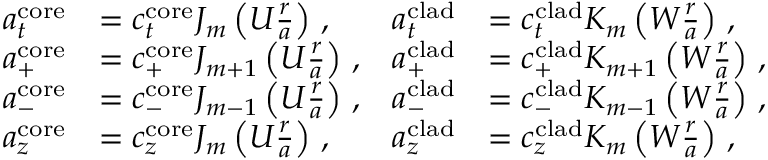
\begin{array} { r l r l } { a _ { t } ^ { \mathrm { c o r e } } } & { = c _ { t } ^ { \mathrm { c o r e } } J _ { m } \left( U \frac { r } { a } \right) \, , } & { a _ { t } ^ { \mathrm { c l a d } } } & { = c _ { t } ^ { \mathrm { c l a d } } K _ { m } \left( W \frac { r } { a } \right) \, , } \\ { a _ { + } ^ { \mathrm { c o r e } } } & { = c _ { + } ^ { \mathrm { c o r e } } J _ { m + 1 } \left( U \frac { r } { a } \right) \, , } & { a _ { + } ^ { \mathrm { c l a d } } } & { = c _ { + } ^ { \mathrm { c l a d } } K _ { m + 1 } \left( W \frac { r } { a } \right) \, , } \\ { a _ { - } ^ { \mathrm { c o r e } } } & { = c _ { - } ^ { \mathrm { c o r e } } J _ { m - 1 } \left( U \frac { r } { a } \right) \, , } & { a _ { - } ^ { \mathrm { c l a d } } } & { = c _ { - } ^ { \mathrm { c l a d } } K _ { m - 1 } \left( W \frac { r } { a } \right) \, , } \\ { a _ { z } ^ { \mathrm { c o r e } } } & { = c _ { z } ^ { \mathrm { c o r e } } J _ { m } \left( U \frac { r } { a } \right) \, , } & { a _ { z } ^ { \mathrm { c l a d } } } & { = c _ { z } ^ { \mathrm { c l a d } } K _ { m } \left( W \frac { r } { a } \right) \, , } \end{array}